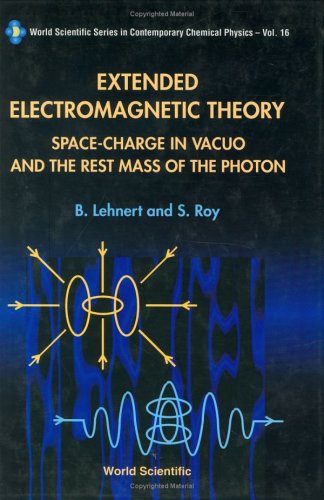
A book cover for Extended Electromagnetic Theory: Space-Charge in Vacuo and the Rest Mass of the Photon (World Scientific Series in Contemporary Chemical Physics); B. Lehnert; Science & Math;